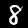
Digit: 8